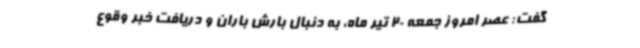
گفت: عصر امروز جمعه 20 تیر ماه، به دنبال بارش باران و دریافت خبر وقوع